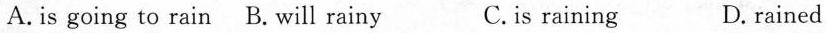
A. is going to rain B.Will rainy C.is raining D.rained